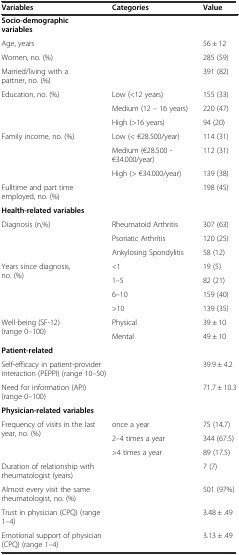
| Variables | Categories | Value |
 | --- | --- | --- |
 | Socio-demographic variables |  |  |
 | Age, years |  | 56 ± 12 |
 | Women, no. (%) |  | 285 (59) |
 | Married/living with a partner, no. (%) |  | 391 (82) |
 | <ROWSPAN=3> Education, no. (%) | Low (<12 years) | 155 (33) |
 | Medium (12 – 16 years) | 220 (47) |
 | High (>16 years) | 94 (20) |
 | <ROWSPAN=3> Family income, no. (%) | Low (< €28.500/year) | 114 (31) |
 | Medium (€28.500 - €34.000/year) | 112 (31) |
 | High (> €34.000/year) | 139 (38) |
 | Fulltime and part time employed, no. (%) |  | 198 (45) |
 | Health-related variables |  |  |
 | <ROWSPAN=3> Diagnosis (n,%) | Rheumatoid Arthritis | 307 (63) |
 | Psoriatic Arthritis | 120 (25) |
 | Ankylosing Spondylitis | 58 (12) |
 | <ROWSPAN=4> Years since diagnosis, no. (%) | <1 | 19 (5) |
 | 1–5 | 82 (21) |
 | 6–10 | 159 (40) |
 | >10 | 139 (35) |
 | <ROWSPAN=2> Well-being (SF-12) (range 0–100) | Physical | 39 ± 10 |
 | Mental | 49 ± 10 |
 | Patient-related |  |  |
 | Self-efficacy in patient-provider interaction (PEPPI) (range 10–50) |  | 39.9 ± 4.2 |
 | Need for information (API) (range 0–100) |  | 71.7 ± 10.3 |
 | Physician-related variables |  |  |
 | <ROWSPAN=3> Frequency of visits in the last year, no. (%) | once a year | 75 (14.7) |
 | 2–4 times a year | 344 (67.5) |
 | >4 times a year | 89 (17.5) |
 | Duration of relationship with rheumatologist (years) |  | 7 (7) |
 | Almost every visit the same rheumatologist, no. (%) |  | 501 (97%) |
 | Trust in physician (CPQ) (range 1–4) |  | 3.48 ± .49 |
 | Emotional support of physician (CPQ) (range 1–4) |  | 3.13 ± .49 |